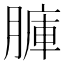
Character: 𦟏